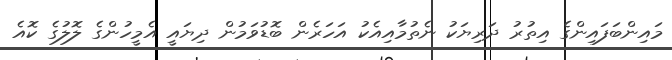
މައިންބަފައިންގެ އިތުރު ދަރިޔަކު ނެތުމާއިއެކު އަހަރެން ބޮޑުވަމުން ދިޔައީ އެމީހުންގެ ލޮލުގެ ކޮއެ